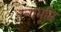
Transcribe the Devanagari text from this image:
रन्गभूमि